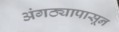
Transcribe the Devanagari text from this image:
अंगठ्यापासून